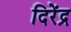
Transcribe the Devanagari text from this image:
दिरेंद्र